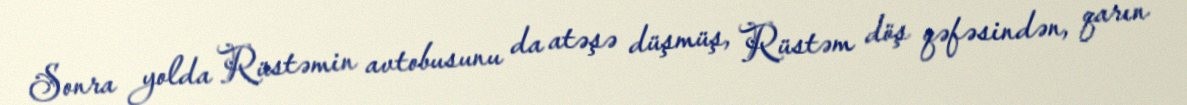
Sonra yolda Rüstəmin avtobusunu da atəşə düşmüş, Rüstəm döş qəfəsindən, qarın